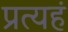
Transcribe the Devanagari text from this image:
प्रत्यहं